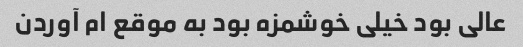
عالی بود خیلی خوشمزه بود به موقع ام آوردن